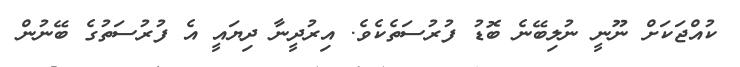
ކުއްޖަކަށް ނޫނީ ނުލިބޭނެ ބޮޑު ފުރުސަތެކެވެ. އިރުދީނާ ދިޔައީ އެ ފުރުސަތުގެ ބޭނުން